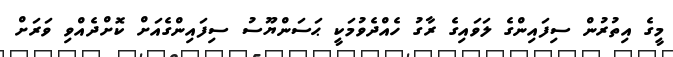
މީގެ އިތުރުން ސިފައިންގެ ލަވައިގެ ރާގު ހެއްދެވުމަކީ ޙަސަންޔޫސު ސިފައިންގެއަށް ކޮށްދެއްވި ވަރަށް